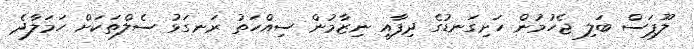
ލޫޕަސް ބަލި ޖެހުމުން ހަށިގަނޑުގެ ދިފާއީ ނިޒާމުން ސިއްހަތު ރަނގަޅު ސެލްތަކަށް ހަމަލާދެ